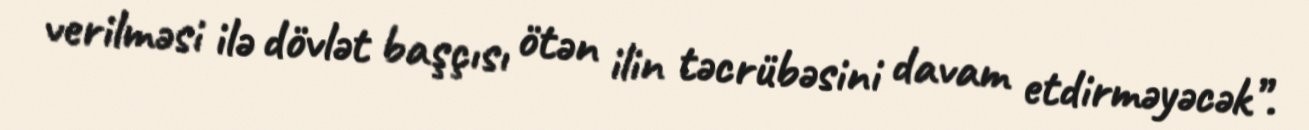
verilməsi ilə dövlət başçısı ötən ilin təcrübəsini davam etdirməyəcək”.